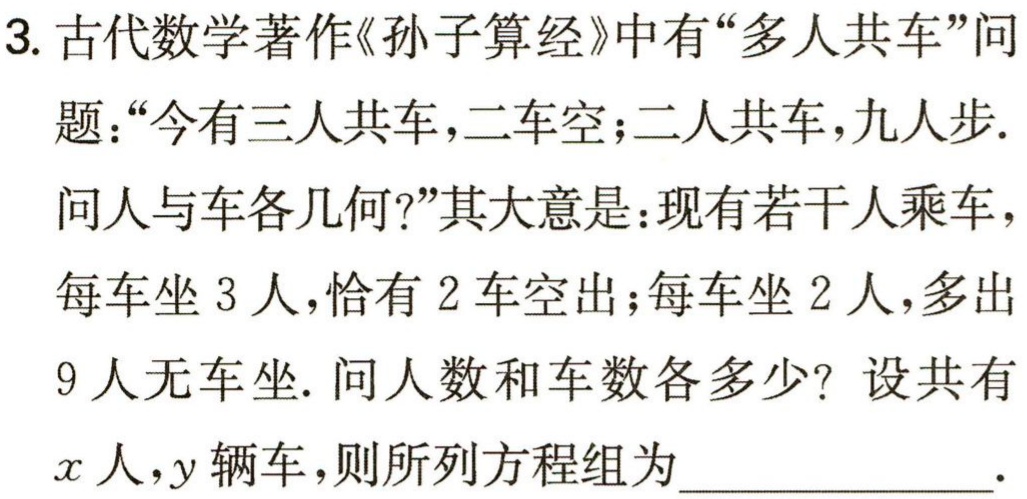
\(3. 古代数学著作《孙子算经》中有“多人共车”问

题：“今有三人共车，二车空；二人共车，九人步.

问人与车各几何?”其大意是：现有若干人乘车，

每车坐 \(3\) 人，恰有 \(2\) 车空出；每车坐 \(2\) 人，多出

\(9\) 人无车坐. 问人数和车数各多少？设共有

\(x\) 人，\(y\) 辆车，则所列方程组为______________.\)